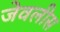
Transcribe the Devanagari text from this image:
जेवलीस